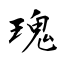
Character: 瑰